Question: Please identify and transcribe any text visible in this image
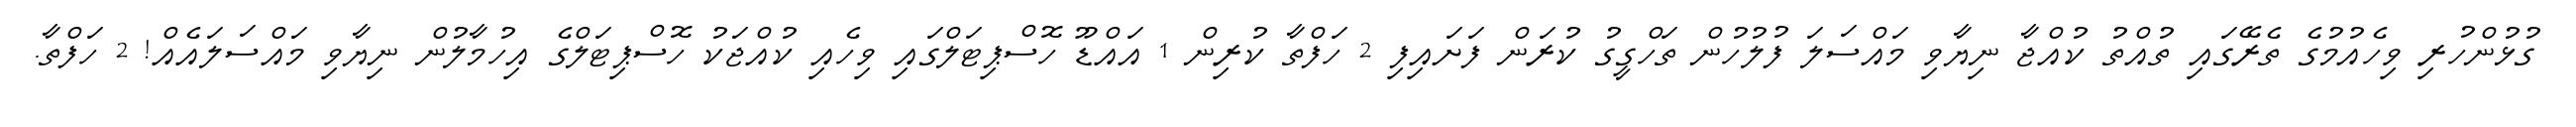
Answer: ގުޅުންހުރި ވިހެއުމުގެ ތެރޭގައި ތުއްތު ކުއްޖާ ނިޔާވި މައްސަލަ ފުލުހުން ތަހްގީގު ކުރަން ފަށައިފި 2 ހަފްތާ ކުރިން 1 އައްޑޫ ހޮސްޕިޓަލްގައި ވިހެއި ކުއްޖަކު ހޮސްޕިޓަލްގެ އިހުމާލުން ނިޔާވި މައްސަލައެއް! 2 ހަފްތާ.